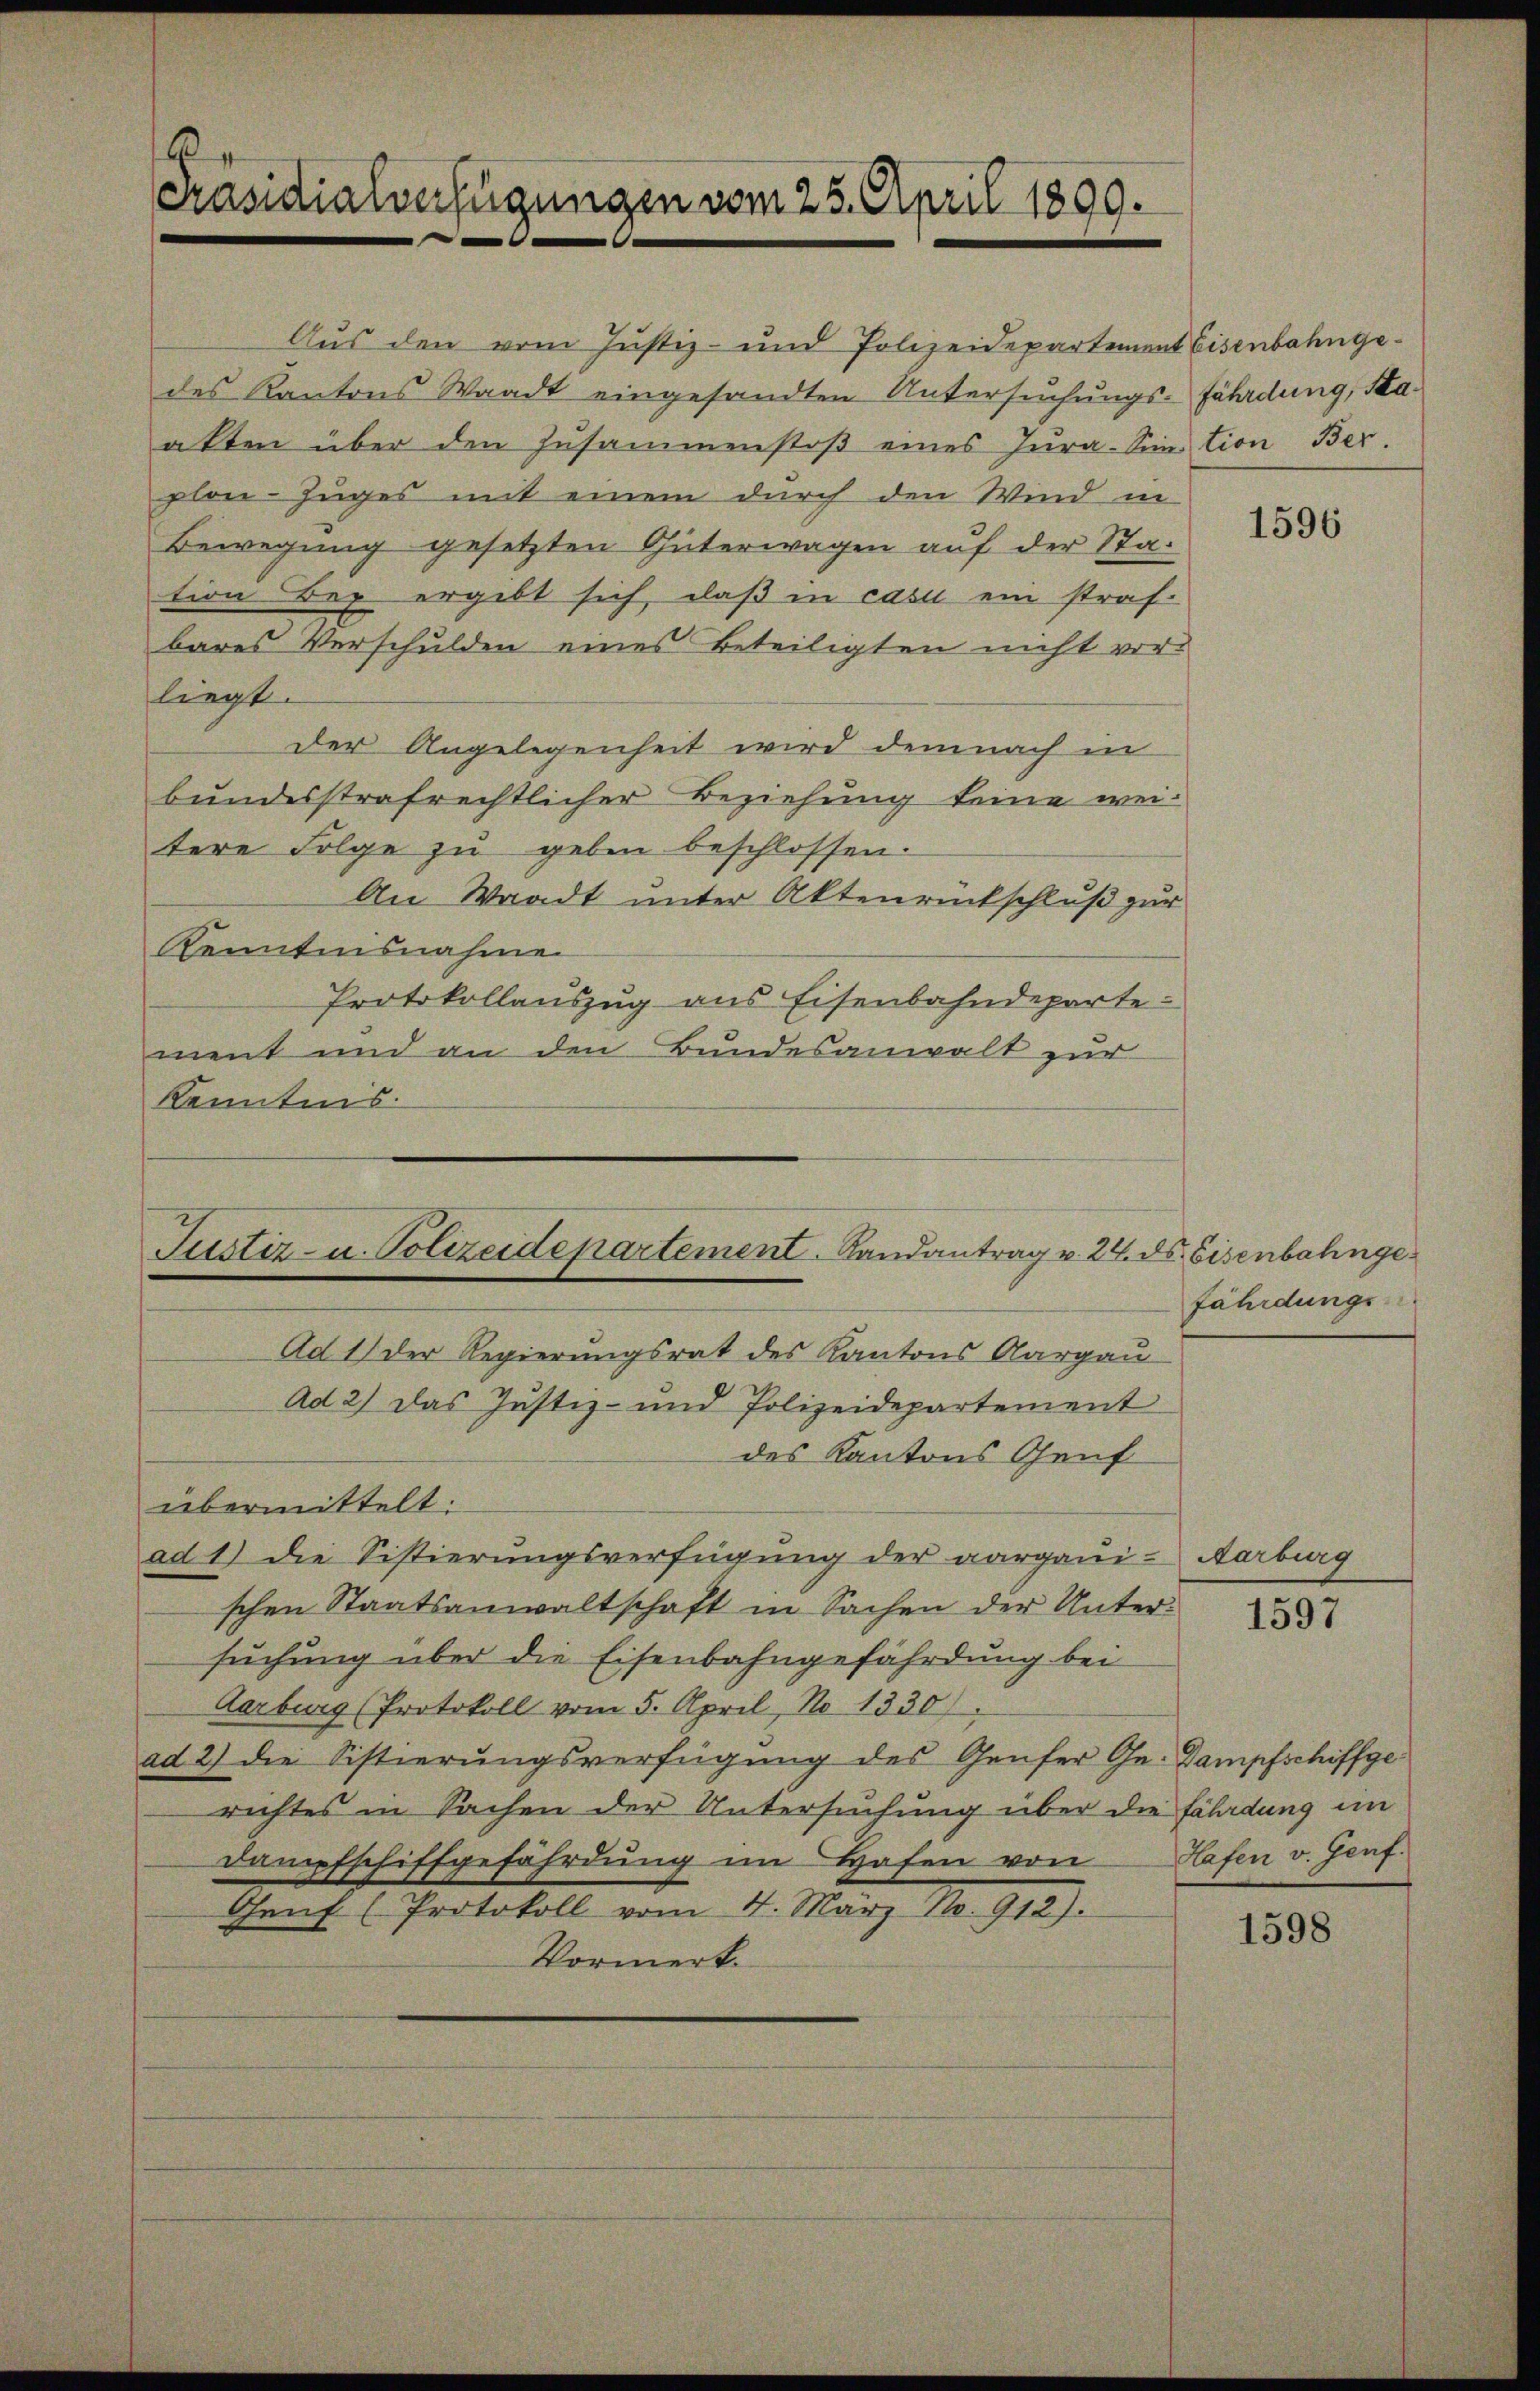
.
Präsidialverfügungen vom 25. April 1800.

Aus den vom Justiz- und Polizeidepartement Eisenbahngedes Kantons Waadt eingesandten Untersuchungs-Fährdung, Staalten über den Zusammenstoß eines Jura-Sination Berplon-Zuges mit einem durch den Wind in
Bewegung gesetzten Güterwagen auf der Station Bey ergibt sich daß in casu ein straf-
bares Verschulden eines Beteiligten nicht vor
liegt.
der Angelegenheit wird demnach in
bundesstrafrechtlicher Beziehung keine weitere Folge zŭ geben beschlossen.
An Waadt unter Aktenrückschluß zur
Kenntnisnahmen
Protokollauszug aus Eisenbahndeparte
ment und an den Bundesanwalt zur
Kenntnis.

Suster- u. Polizeidepartement. Randantrag v. 24. ds. Eisenbahnge¬
Ad 1) der Regierungsrat des Kantons Aargau

Ad 2) das Justiz- und Polizeidepartement
des Kantons Genf
übermittelt:
ad 1) die Sistierungsverfügung der aargaui- Aarburg
schen Staatsanwaltschaft in Sachen der Unter-
suchung über die Eisenbahngefährdung bei
Aarburg (Protokoll vom 5. April, No 1330)
ad 2) die Sistierungsverfügung des Genfer Ge- Dampfschiffge
richtes in Sachen der Untersuchung über die fährdung im
Dampfschiffgefährdung im Hafen von
Genf (Protokoll vom 4. März No. 912).
Vormerk

1596

fährdungs-

1597

Hafen v. Genf.

1598